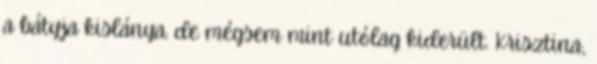
a bátyja kislánya. de mégsem mint utólag kiderült. Krisztina,